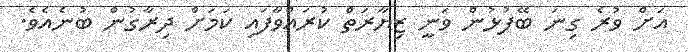
އަށް ވުރެ ގިނަ ބޭފުޅުން ވަނީ ޒިޔާރަތް ކުރައްވާފައި ކަމަށް ދިރާގުން ބުނެއެވެ.